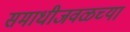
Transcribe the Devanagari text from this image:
समाधीजवळच्या